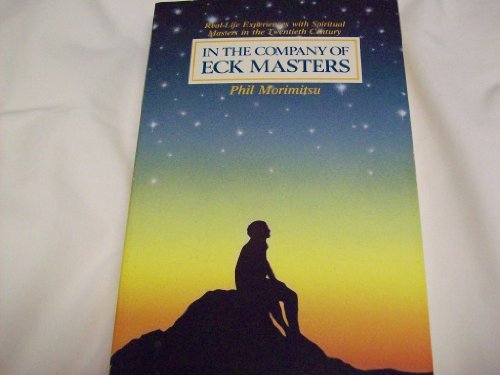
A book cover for In the Company of Eck Masters; Phil Morimitsu; Religion & Spirituality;